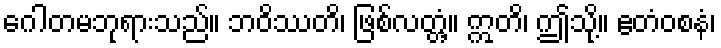
ဂေါတမဘုရားသည်။ ဘဝိဿတိ၊ ဖြစ်လတ္တံ့။ ဣတိ၊ ဤသို့။ ဧတံဝစနံ၊